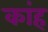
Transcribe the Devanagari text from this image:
कांह